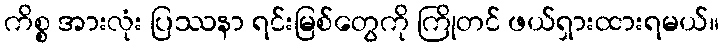
ကိစ္စ အားလုံး ပြဿနာ ရင်းမြစ်တွေကို ကြိုတင် ဖယ်ရှားထားရမယ်။